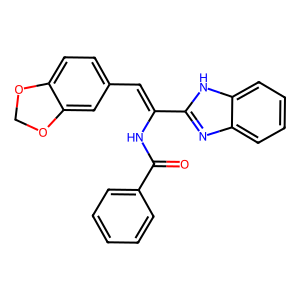
SMILES: O=C(NC(=Cc1ccc2c(c1)OCO2)c1nc2ccccc2[nH]1)c1ccccc1
Inhibits HIV replication: No